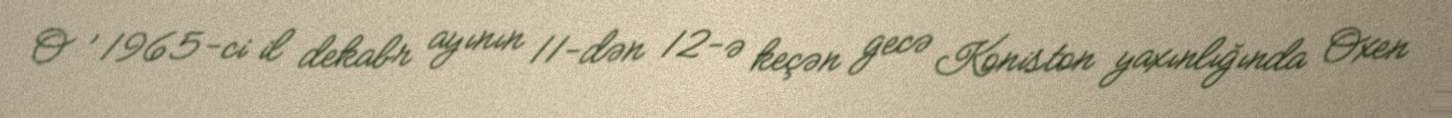
O , 1965-ci il dekabr ayının 11-dən 12-ə keçən gecə Koniston yaxınlığında Oxen